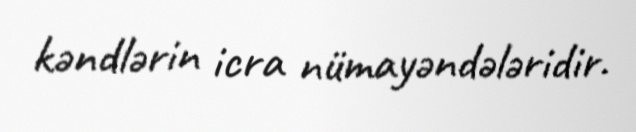
kəndlərin icra nümayəndələridir.